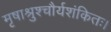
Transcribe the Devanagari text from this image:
मृषाश्रुश्चौर्यशंकितः।